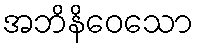
အဘိနိဝေသော